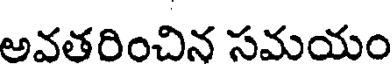
అవతరించిన సమయం